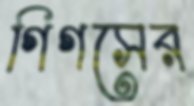
গিগসের